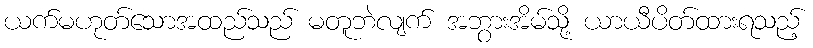
ယက်မဟုတ်သောအထည်သည် မတူဘဲလျက် အဘွားအိမ်သို့ ယာယီပိတ်ထားရသည့်